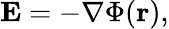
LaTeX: \mathbf{E}=-\nabla\Phi(\mathbf{r}),